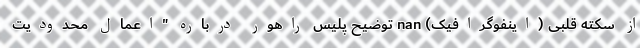
از سکته قلبی (اینفوگرافیک) nan توضیح پلیس راهور درباره "اعمال محدودیت